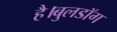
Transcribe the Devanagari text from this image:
है।बुलडॉग